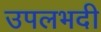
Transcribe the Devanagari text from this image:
उपलभदी